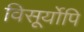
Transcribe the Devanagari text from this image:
विसूर्योपि